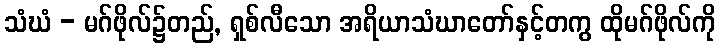
သံဃံ - မဂ်ဖိုလ်၌တည်, ရှစ်လီသော အရိယာသံဃာတော်နှင့်တကွ ထိုမဂ်ဖိုလ်ကို